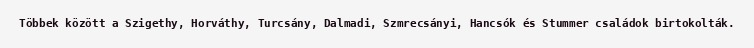
Többek között a Szigethy, Horváthy, Turcsány, Dalmadi, Szmrecsányi, Hancsók és Stummer családok birtokolták.